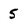
Character: 5